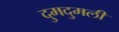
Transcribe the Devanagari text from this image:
दुमदुमली